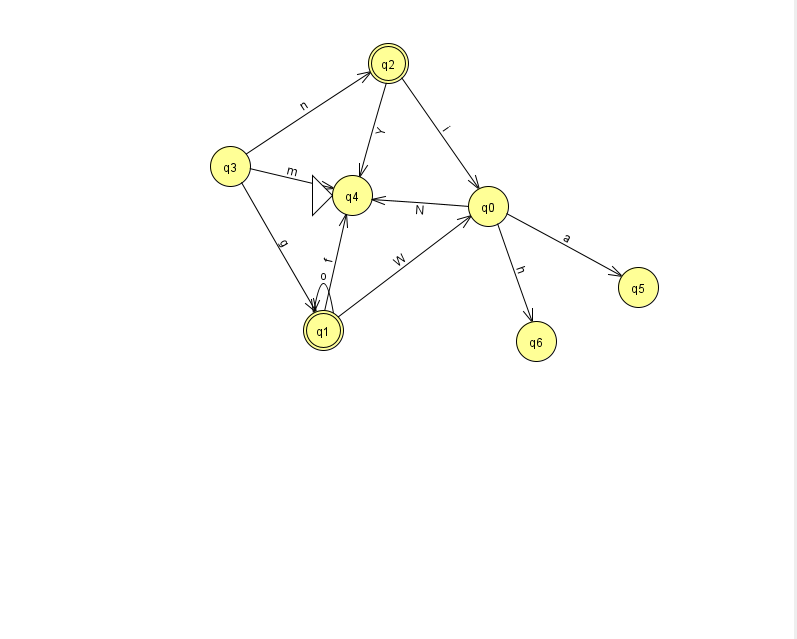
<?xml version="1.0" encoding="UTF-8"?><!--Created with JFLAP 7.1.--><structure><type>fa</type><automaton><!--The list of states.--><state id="0" name="q0"><x>488.0</x><y>193.0</y></state><state id="1" name="q1"><x>323.0</x><y>317.0</y><final/></state><state id="2" name="q2"><x>388.0</x><y>50.0</y><final/></state><state id="3" name="q3"><x>230.0</x><y>153.0</y></state><state id="4" name="q4"><x>352.0</x><y>182.0</y><initial/></state><state id="5" name="q5"><x>638.0</x><y>274.0</y></state><state id="6" name="q6"><x>536.0</x><y>328.0</y></state><!--The list of transitions.--><transition><from>2</from><to>0</to><read>i</read></transition><transition><from>3</from><to>1</to><read>g</read></transition><transition><from>0</from><to>6</to><read>h</read></transition><transition><from>2</from><to>4</to><read>Y</read></transition><transition><from>3</from><to>4</to><read>m</read></transition><transition><from>1</from><to>0</to><read>W</read></transition><transition><from>0</from><to>5</to><read>a</read></transition><transition><from>1</from><to>4</to><read>f</read></transition><transition><from>0</from><to>4</to><read>N</read></transition><transition><from>3</from><to>2</to><read>n</read></transition><transition><from>1</from><to>1</to><read>o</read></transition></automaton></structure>